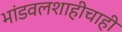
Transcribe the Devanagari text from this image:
भांडवलशाहीचाही